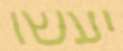
יעשו